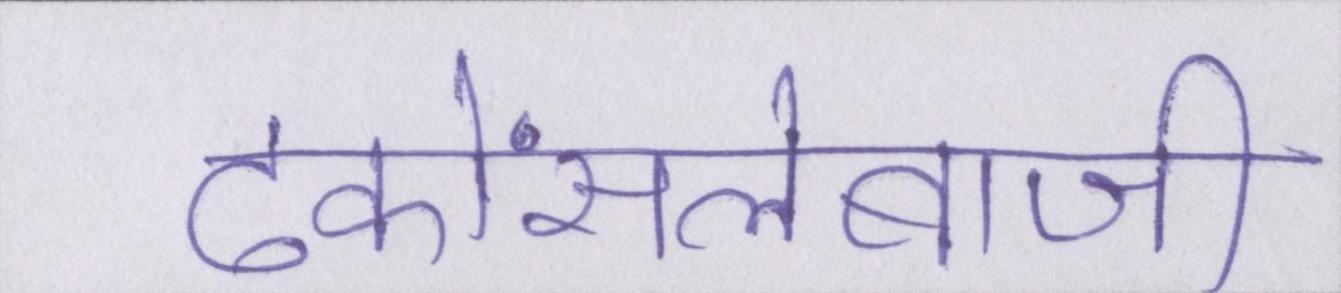
ढकोंसलेबाजी